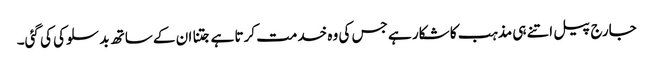
جارج پیل اتنے ہی مذہب کا شکار ہے جس کی وہ خدمت کرتا ہے جتنا ان کے ساتھ بد سلوکی کی گئی۔